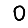
Digit: 0